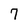
Character: 7